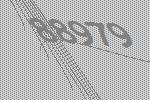
88979